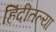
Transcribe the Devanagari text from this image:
हिंदीतल्या